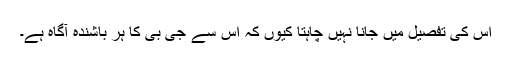
اس کی تفصیل میں جانا نہیں چاہتا کیوں کہ اس سے جی بی کا ہر باشندہ آگاہ ہے۔